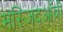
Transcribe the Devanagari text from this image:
मस्जिदऑबी